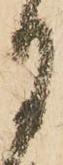
月